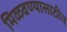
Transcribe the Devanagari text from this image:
मिळवण्यासाठीच